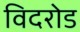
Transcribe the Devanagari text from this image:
विदरोड